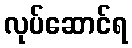
လုပ်ဆောင်ရ